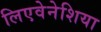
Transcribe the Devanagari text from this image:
लिएवेनेशिया